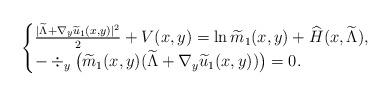
LaTeX: \begin{align*}\begin{cases}\frac{ |\widetilde{\Lambda}+\nabla_y \widetilde{u}_1 (x,y ) |^2}{2}+V (x,y )=\ln \widetilde{m}_1 (x,y )+\widehat{H} (x,\widetilde{\Lambda} ),\\-\div_y \big(\widetilde{m}_1 (x,y ) (\widetilde{\Lambda}+\nabla_y \widetilde{u}_1 (x,y ) )\big )=0.\end{cases}\end{align*}